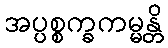
အပ္ပစ္စက္ခကမ္မန္တိ